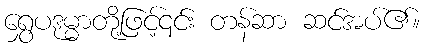
ရွှေပဒုမ္မာတို့ဖြင့်၎င်း တန်ဆာ ဆင်အပ်၏။